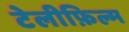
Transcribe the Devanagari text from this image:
टेलीफ़िल्म